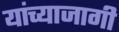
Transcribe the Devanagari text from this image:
यांच्याजागी